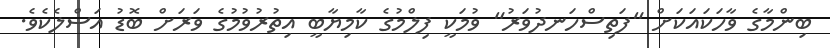
ބިންމާގެ ވާހަކައަކަށް "ފަތިސްހަނދުވަރު" ވުމަކީ ފިލްމުގެ ކާމިޔާބީ އިތުރުވުމުގެ ވަރަށް ބޮޑު އަސްލެކެވެ.